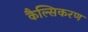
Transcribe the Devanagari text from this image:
कैल्सिकरण